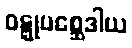
ဝဋ္ဋုပစ္ဆေဒါယ